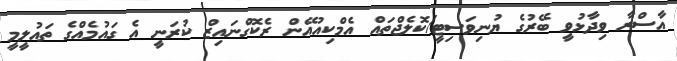
އާސްރާ ވިދާޅުވީ ބޭރުގެ ޔުނިވަސިޓީ/ކޮލެޖްތައް އެމްކިއުއޭން ރެކޮގްނައިޒް ކުރަނީ އެ ގައުމެއްގެ ތައުލީމީ